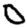
Digit: 0